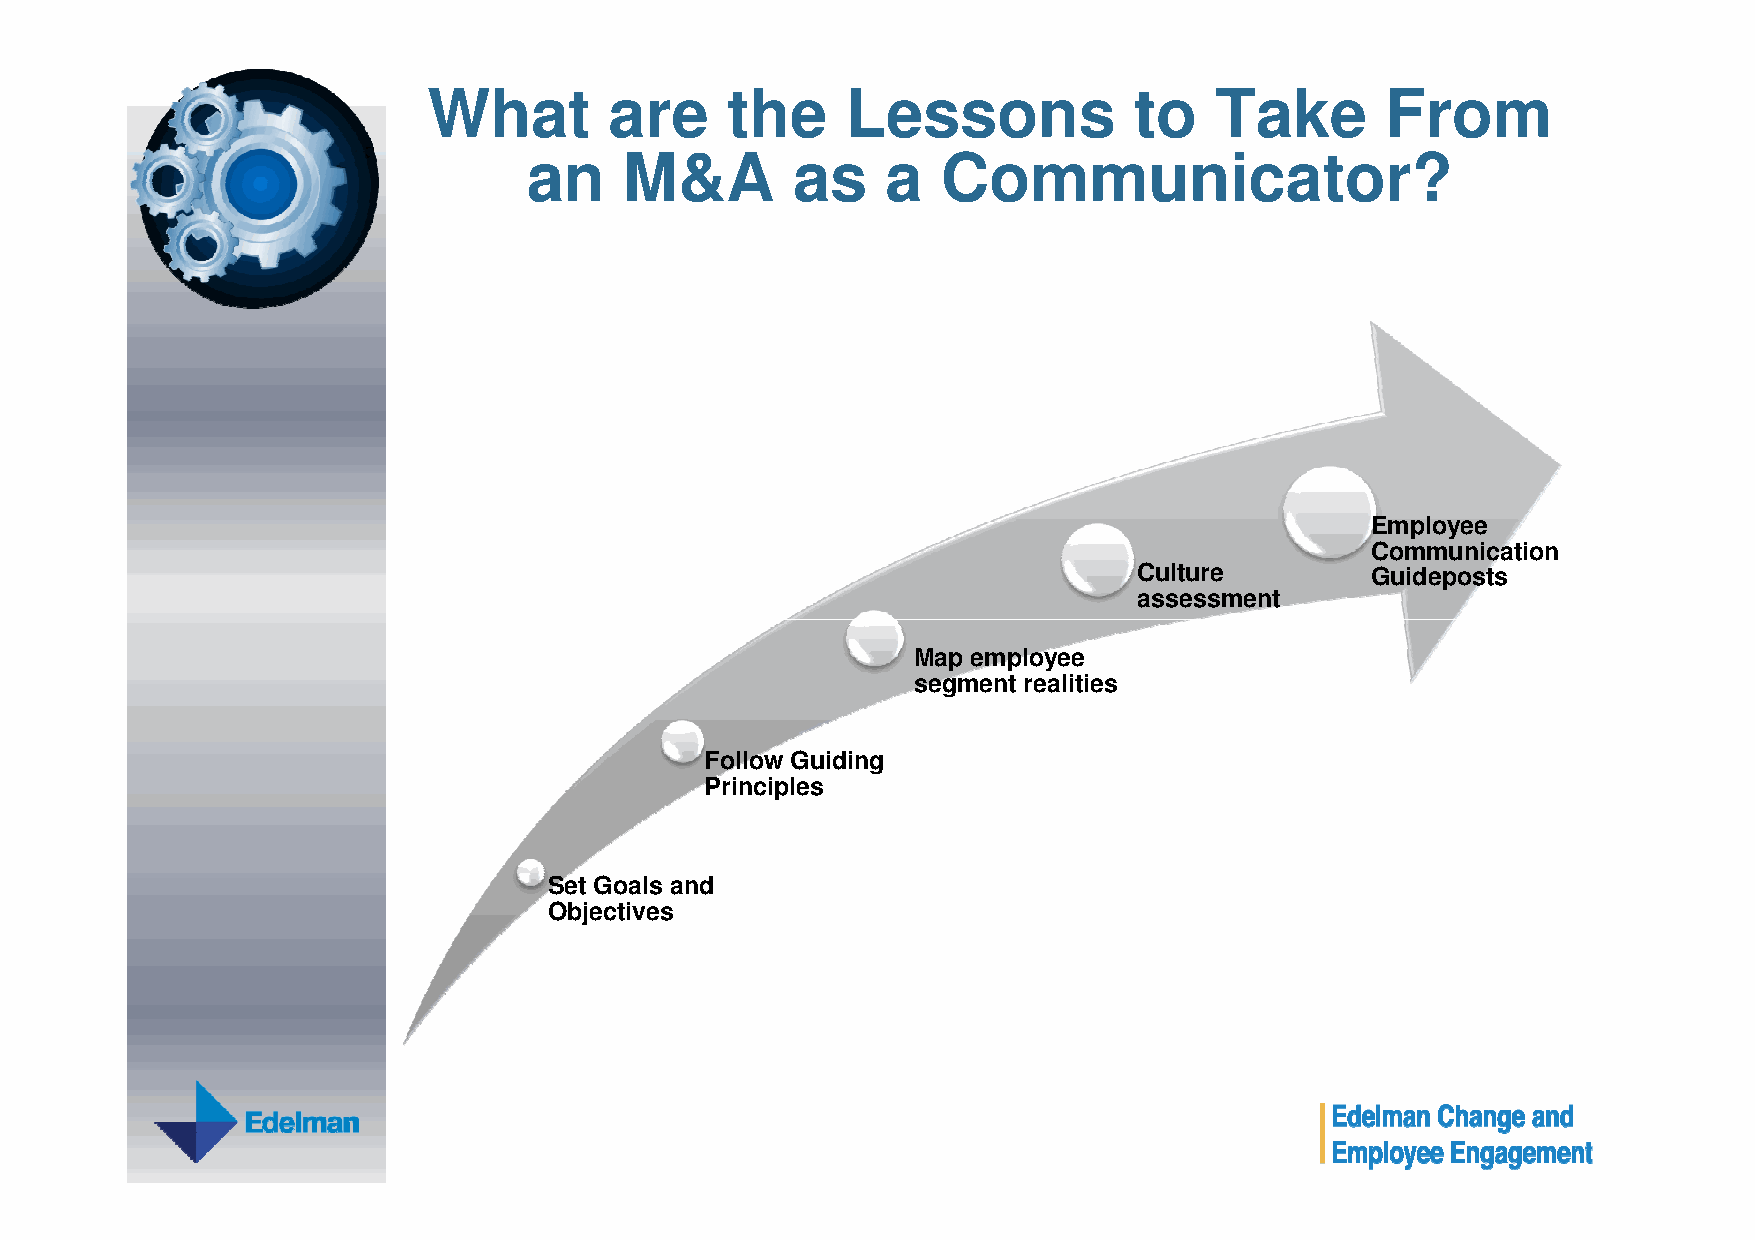
What        are     the     Lessons            to   Take        From
 an    M&A        as     a  Communicator?
 Employee
 Communication
 Culture         Guideposts
 assessment
 Map employee
 segment realities
 Follow Guiding
 Principles
 Set Goals and
 Objectives